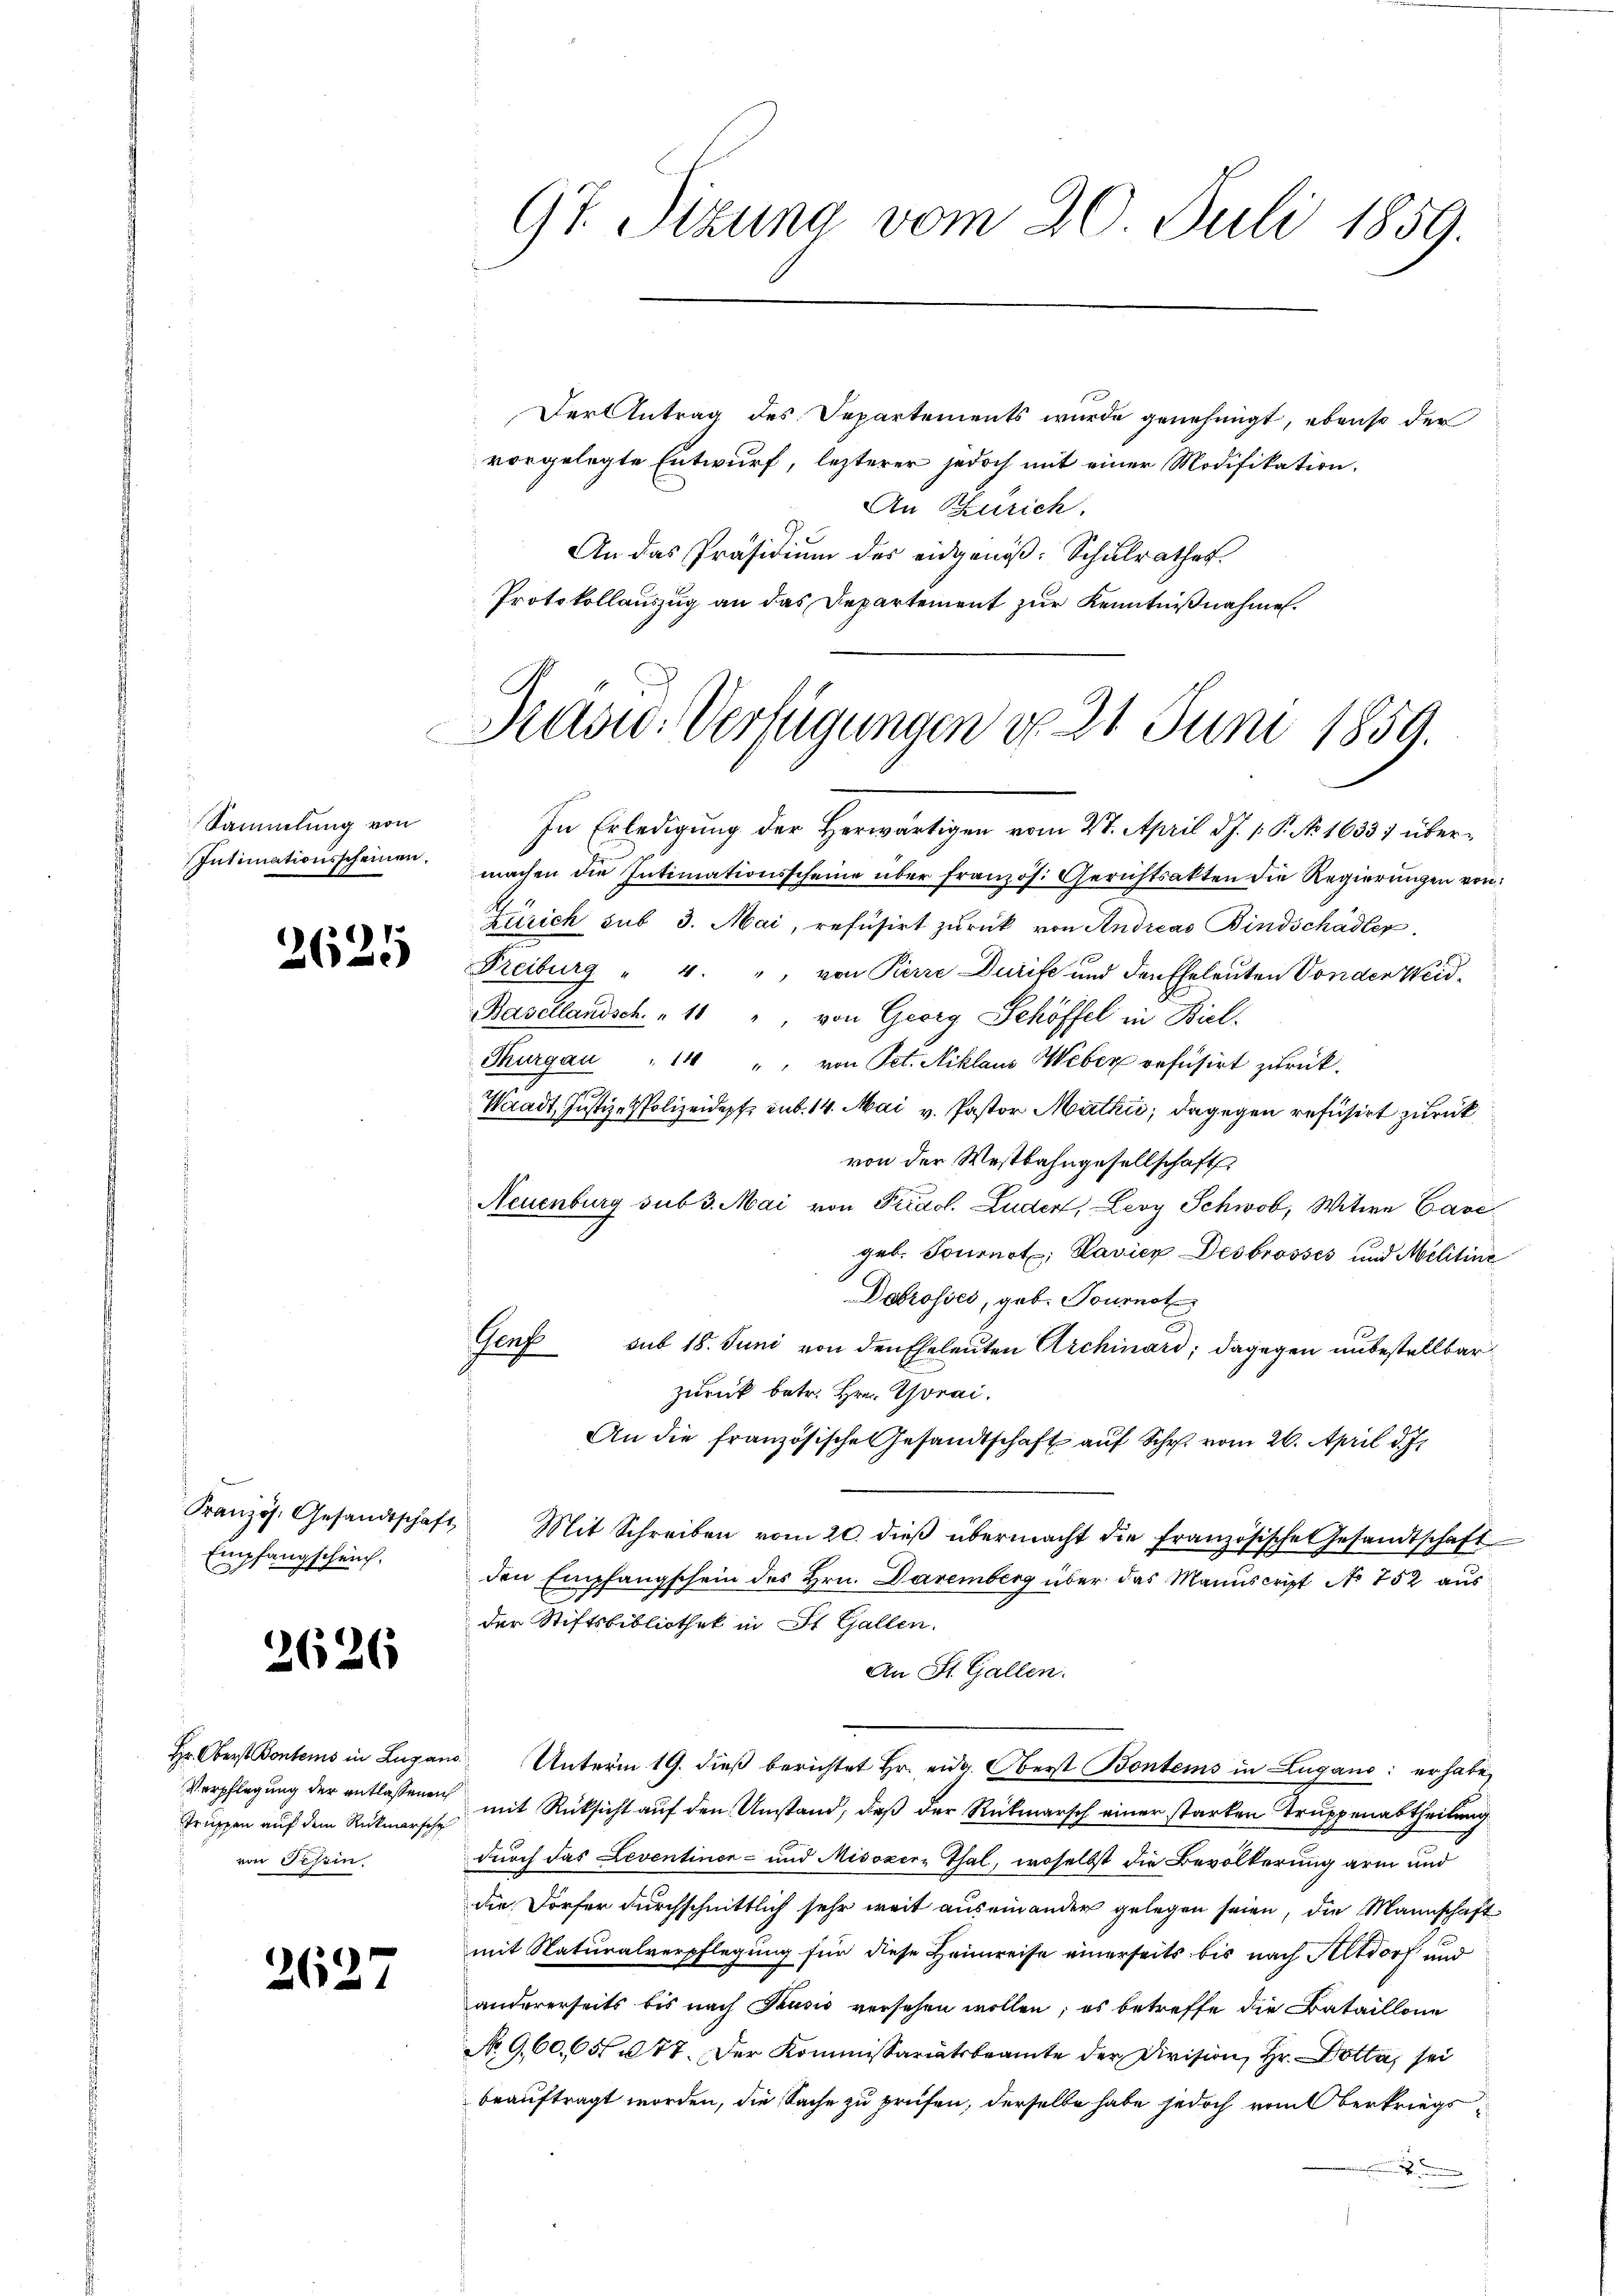
Sammlung von
Intimationsscheinen.

2625

Kranzös. Gesandtschaft
Empfangschein.

2626

Verpflegung der entlassenen
von Tessin.

2627

Der Antrag des Departements wurde genehmigt, ebenso der
vorgelegte Entwurf, lezterer jedoch mit einer Modifikation.
An Zürich.
An das Präsidiŭm des eidgenöβ: Schŭlrathes
Protokollauszug an das Departement zur Kenntnißnahmen.

97. Sitzung vom 20. Juli 1859.

Prasw. Verfügungen v. 21. Juni 1859.

In Erledigung der Herwärtigen vom 27. April d. J. 1. P. N. 16331 übermachen die Intimationsscheine über französ. Gerichtsakten die Regierungen von
Zürich sub 3. Mai, refusirt zurück von Andreas Bindschädler,
Freiburg " 4. " von Pierre Durife und den Eheleuten Von den Weid¬
Basellandsch. " 10 ", von Georg Schöffel in Biel.
Thurgau " 14 " " von Pet. Niklaus Weber refüsirt zurück.
Waadt, Justiz- & Polizeidepfe sub. 14. Mai v. Pastor Mathis; dagegen refusirt zurück
von der Westbahngesellschaft
Neuenburg sub 3. Mai von Piraol. Luder, Levy Schwob, Witwe Cavegeb. Tournot; Lavier Des brosses und Molitine
Dabrosses, geb. Tournot
B
Genf sub 18. Juni von den Eheleuten Archinari; dagegen unbestellbar
zurück betr. Hrn. Thorai
An die französische Gesandtschaft auf Schr. vom 26. April d. Js.
" Mit Schreiben vom 20. dieβ übermacht die französische Gesandtschaft
den Empfangschein des Hrn. Davemberg über das Manuscript No 752 aus
der Stiftsbibliothek in St. Gallen.
An St. Gallen.
Hr. Oberst Bontems in Lugans Unterm 19. dieß berichtet Hr. eidg. Oberst Bontems in Lugano: er habe,
Truppen auf dem Rückmarsche mit Rücksicht auf den Umstand, daß der Rückmarsch einer starken Truppenabtheilung
durch das Leventinen- und Misozere Thal, woselbst die Bevölkerung arm und
die Dorfer durchschnittlich sehr weit auseinander gelegen seien, die Mannschaft
mit Naturalverpflegung für diese Heimreise einerseits bis nach Altdorf und
andererseits bis nach Pusić versehen wollen; es betreffe die Bataillone
No 960, 605 n 77. Der Kommissariatsbeamte der Division, Hr. Dotta, sei
beauftragt worden, die Sache zu prüfen, derselbe habe jedoch vom Oberkriegs¬